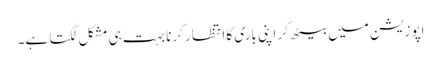
اپوزیشن میں بیٹھ کر اپنی باری کا انتظار کرنا بہت ہی مشکل لگتا ہے۔